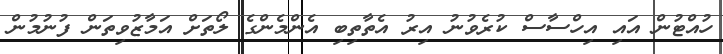
ހުއްޓުން އައި އިހްސާސް ކުރެވުނު އިރު އެތާތިބި އެންމެންގެ ލޯތަށް އަމާޒުވިތަން ފުނުމުން